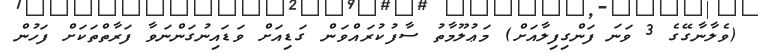
(ވެލާނާގޭގެ 3 ވަނަ ފަންގިފިލާއަށް) މަޢުލޫމާތު ސާފުކުރައްވަން ގަޑިއަށް ވަޑައިނުގަންނަވާ ފަރާތްތަކަށް ފަހުން